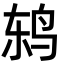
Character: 鸫